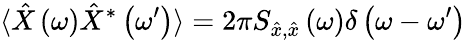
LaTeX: \langle\hat{X}\left(\omega\right)\hat{X}^{*}\left(\omega^{\prime}\right)\rangle=2\pi S_{\hat{x},\hat{x}}\left(\omega\right)\delta\left(\omega-\omega^{\prime}\right)